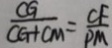
\frac { C G } { C G + C M } = \frac { C F } { P M }